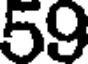
59